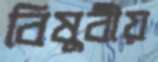
বিষুবীয়